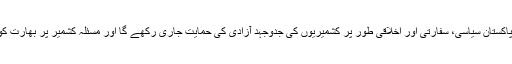
انہوں نے تاکید کی کہ پاکستان سیاسی، سفارتی اور اخلاقی طور پر کشمیریوں کی جدوجہد آزادی کی حمایت جاری رکھے گا اور مسئلہ کشمیر پر بھارت کو ضرور شکست ہوگی۔